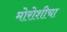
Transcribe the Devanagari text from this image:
मोरोशीचा